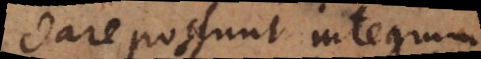
dare possunt integ